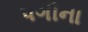
પગીના